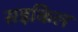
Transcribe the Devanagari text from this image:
सइकिल